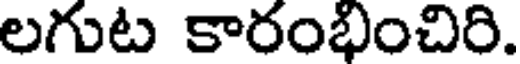
లగుట కారంభించిరి.